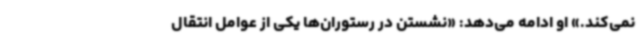
نمی‌کند.» او ادامه می‌دهد: «نشستن در رستوران‌ها یکی از عوامل انتقال